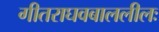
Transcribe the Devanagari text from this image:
गीतराघवबाललीलः